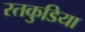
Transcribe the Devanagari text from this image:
रतकुडिया